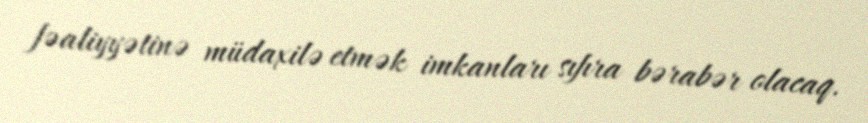
fəaliyyətinə müdaxilə etmək imkanları sıfıra bərabər olacaq.